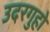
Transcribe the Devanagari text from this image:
उदरगुहो